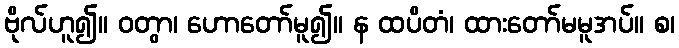
ဗိုလ်ဟူ၍။ ဝတွာ၊ ဟောတော်မူ၍။ န ထပိတံ၊ ထားတော်မမူအပ်။ စ၊